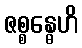
ဇစ္စန္ဓေဟိ